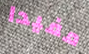
مفيدا